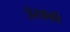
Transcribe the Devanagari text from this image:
जैसाकी